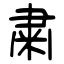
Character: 粛